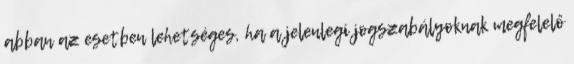
abban az esetben lehetséges, ha a jelenlegi jogszabályoknak megfelelő